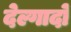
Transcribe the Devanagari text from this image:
देल्गादो